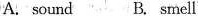
A. sound B. Smell